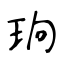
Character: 珦